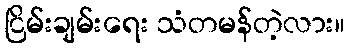
ငြိမ်းချမ်းရေး သံတမန်တဲ့လား။